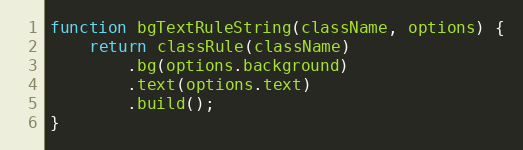
Language: JavaScript
function bgTextRuleString(className, options) {
    return classRule(className)
        .bg(options.background)
        .text(options.text)
        .build();
}